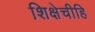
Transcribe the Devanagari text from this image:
शिक्षेचीहि